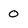
Character: 0